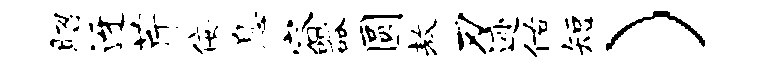
昭迓芹佞息容器圆敖刃迹佑短）